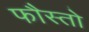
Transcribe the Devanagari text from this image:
फौस्तो